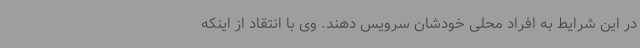
در این شرایط به افراد محلی خودشان سرویس دهند. وی با انتقاد از اینکه